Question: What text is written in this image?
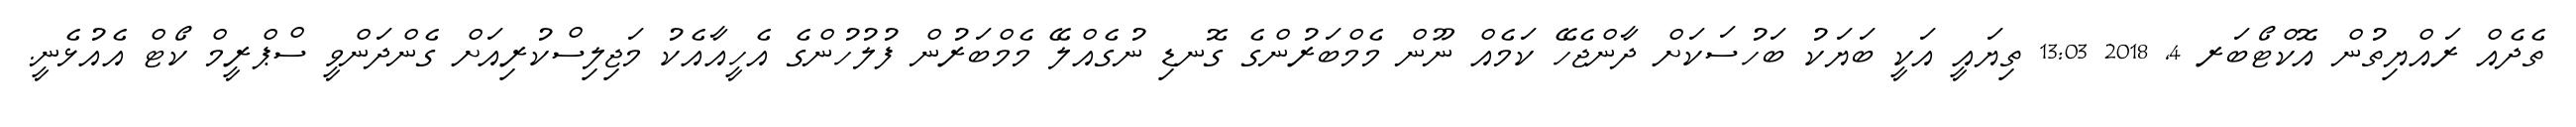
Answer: ތެދެއް ރައްޔިތުން އޮކްޓޯބަރ 4, 2018 13:03 ތިޔައީ އަކީ ބަޔަކު ބަހުސަކަށް ދާންޖެހޭ ކަމެއް ނޫން މެމްބަރުންގެ ގޮނޑި ނުގެއްލޭ މެމްބަރުން ފުލުހުންގެ އެހީއާއެކު މަޖިލިސްކުރިއަށް ގެންދަންވީ ސްޕްރީމް ކޯޓް އެއުޅެނީ.